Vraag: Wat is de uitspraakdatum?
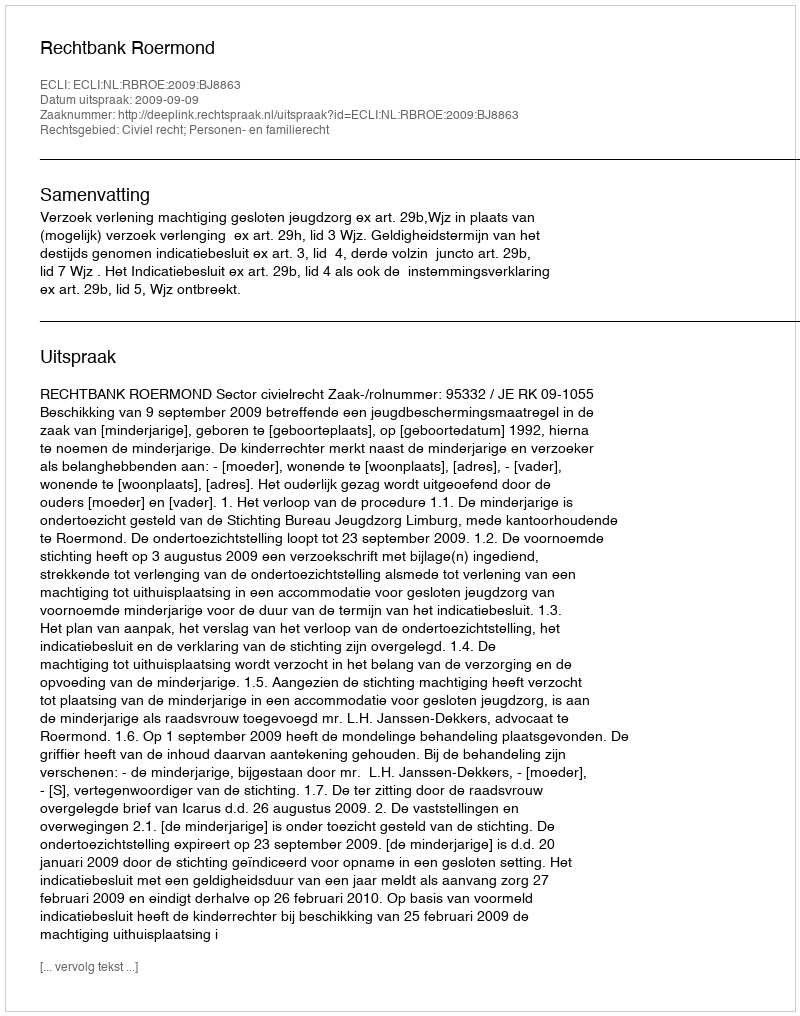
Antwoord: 2009-09-09